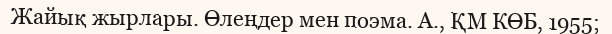
Жайық жырлары. Өлеңдер мен поэма. А., ҚМ КӨБ, 1955;